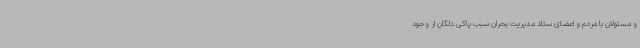
و مسئولان با مردم و اعضای ستاد مدیریت بحران سبب پاکی دلگان از وجود